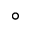
^ \circ